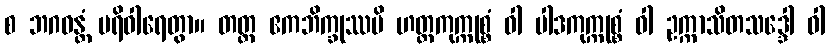
စ ဘဂဝန္တံ ပရိဝါရေတွာ။ တတ္ထ ဧကဘိက္ခုဿပိ ဟတ္ထကုက္ကုစ္စံ ဝါ ပါဒကုက္ကုစ္စံ ဝါ ဥက္ကာသိတသဒ္ဒေါ ဝါ